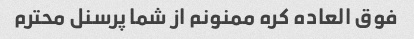
فوق العاده کره ممنونم از شما پرسنل محترم